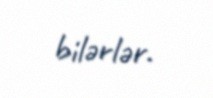
bilərlər.